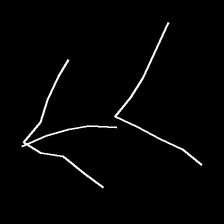
Glyph: gather